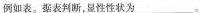
例如表。据表判断，显性性状为___。